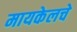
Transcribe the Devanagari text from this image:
मायकेलचे